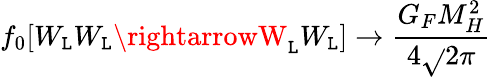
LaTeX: f_{0}[W_{\mathtt{L}}W_{\mathtt{L}}\rightarrowW_{\mathtt{L}}W_{\mathtt{L}}]\rightarrow\frac{{G_{F}M_{H}^{2}}}{{4\sqrt{}{{2}}\pi}}